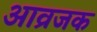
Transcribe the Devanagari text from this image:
आव्रजक